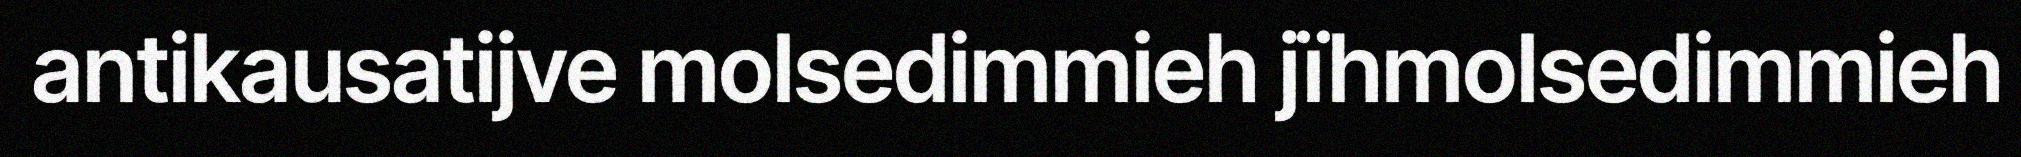
antikausatijve molsedimmieh jïhmolsedimmieh